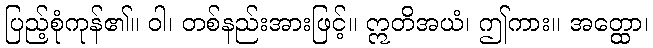
ပြည့်စုံကုန်၏။ ဝါ၊ တစ်နည်းအားဖြင့်။ ဣတိအယံ၊ ဤကား။ အတ္ထော၊